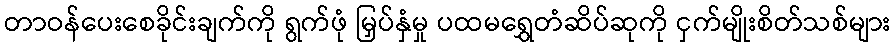
တာဝန်ပေးစေခိုင်းချက်ကို ရွက်ဖုံ မြှပ်နှံမှု ပထမရွှေတံဆိပ်ဆုကို ငှက်မျိုးစိတ်သစ်များ